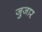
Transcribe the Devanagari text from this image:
जुजार